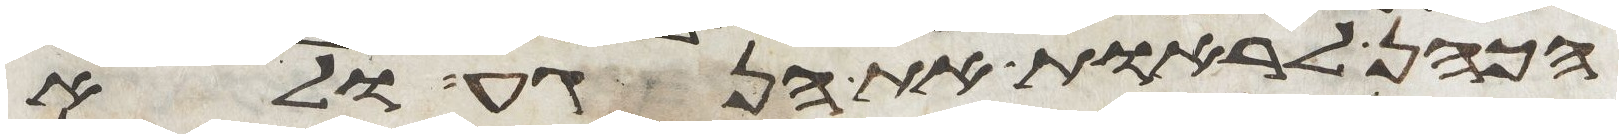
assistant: הכהן לראות את הנגע ולא